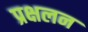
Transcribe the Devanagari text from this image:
प्रक्षलन